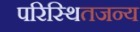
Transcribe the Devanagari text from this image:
परिस्थितजन्य